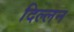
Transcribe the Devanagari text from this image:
दिल्लन